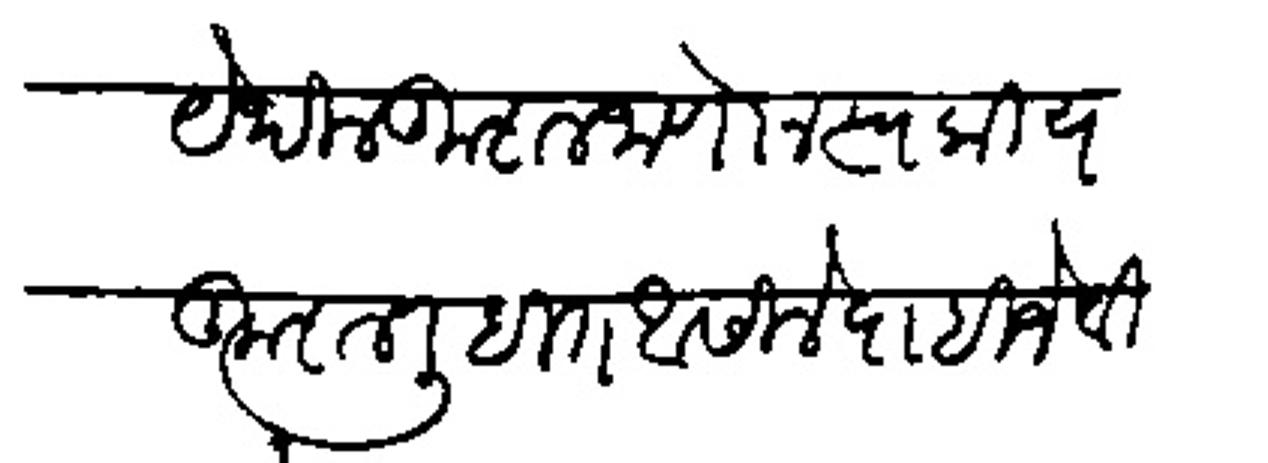
Transliteration (Devanagari): येथील कुशल जाणोन स्वकीय कुशल लिहित असिले पाहिजे वि